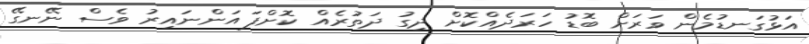
އަޅުގަނޑުމެން ވަރަށް ބޮޑު ހަރަދެއްކޮށް ދިގު ދަތުރެއް ކޮށްފަ އަންނައިރު ވެސް ނޭނގޭ